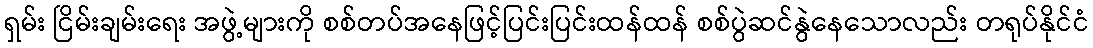
ရှမ်း ငြိမ်းချမ်းရေး အဖွဲ့များကို စစ်တပ်အနေဖြင့်ပြင်းပြင်းထန်ထန် စစ်ပွဲဆင်နွဲနေသောလည်း တရုပ်နိုင်ငံ